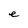
Character: e